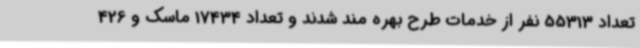
تعداد 55313 نفر از خدمات طرح بهره مند شدند و تعداد 17434 ماسک و 426